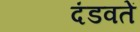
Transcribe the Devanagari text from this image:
दंडवतें